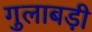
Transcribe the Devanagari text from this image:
गुलाबड़ी